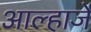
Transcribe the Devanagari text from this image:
आल्हाजें